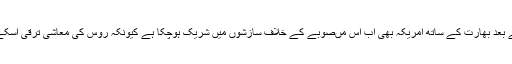
سی پیک منصوبے میں روس کی شمولیت کے بعد بھارت کے ساتھ امریکہ بھی اب اس مںصوبے کے خلاف سازشوں میں شریک ہوچکا ہے کیونکہ روس کی معاشی ترقی اسکے اولین دشمن امریکہ کو ایک آنکھ نہیں بھاتی۔